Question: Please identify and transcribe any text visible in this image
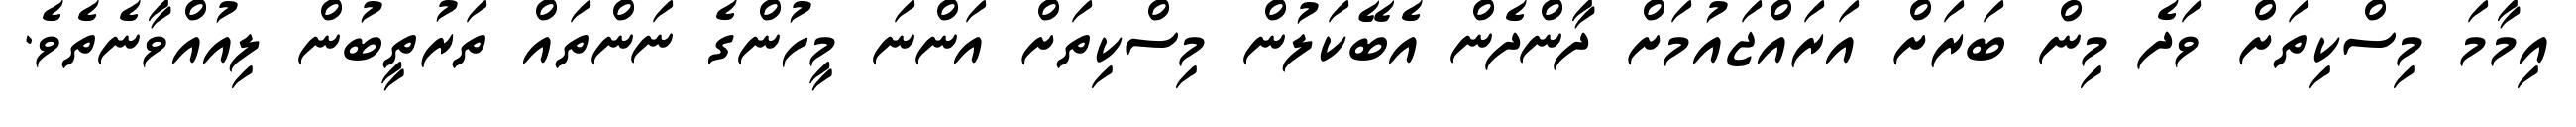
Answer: އިމާމަ މިސްކިތަށް ވަދެ މިން ބަރަށް އަރައްޖައުމަށް ދާންދެން އެބޭކަލުން މިސްކިތަށް އަންނަ މީހުންގެ ނަންތައް ތަރުތީބުން ލިއުއްވާނެތެވެ.